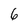
Character: 6